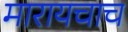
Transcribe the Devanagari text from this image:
मारायचाच